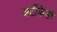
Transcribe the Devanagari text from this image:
अर्टीकेसी